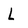
Character: L